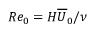
R e _ { 0 } = H \overline { { U } } _ { 0 } / \nu